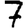
Digit: 7